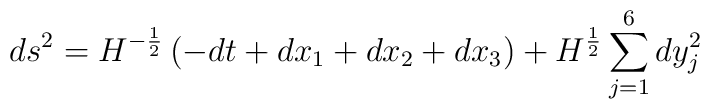
ds^2=H^{-\frac 12}\left(-dt+dx_1+dx_2+dx_3\right) +H^{\frac 12}\sum\limits_{j=1}^6 dy_j^2